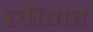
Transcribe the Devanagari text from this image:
लॉगर